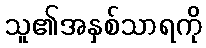
သူ၏အနှစ်သာရကို